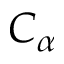
C _ { \alpha }